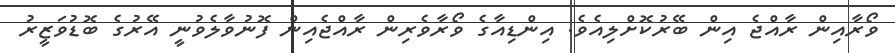
ވޯރާއިން ރާއްޖެ އިން ބޭރުކޮށްލިއެވެ. އިންޑިއާގެ ވޯރާވެރިން ރާއްޖެއިން ފޮނުވާލެވުނީ އޭރުގެ ބޮޑުވަޒީރު